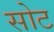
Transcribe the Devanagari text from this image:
सोट